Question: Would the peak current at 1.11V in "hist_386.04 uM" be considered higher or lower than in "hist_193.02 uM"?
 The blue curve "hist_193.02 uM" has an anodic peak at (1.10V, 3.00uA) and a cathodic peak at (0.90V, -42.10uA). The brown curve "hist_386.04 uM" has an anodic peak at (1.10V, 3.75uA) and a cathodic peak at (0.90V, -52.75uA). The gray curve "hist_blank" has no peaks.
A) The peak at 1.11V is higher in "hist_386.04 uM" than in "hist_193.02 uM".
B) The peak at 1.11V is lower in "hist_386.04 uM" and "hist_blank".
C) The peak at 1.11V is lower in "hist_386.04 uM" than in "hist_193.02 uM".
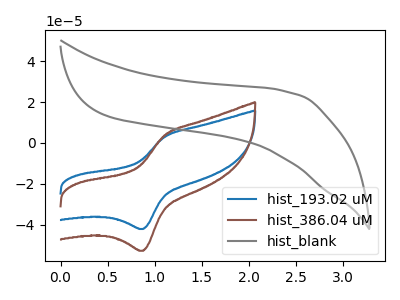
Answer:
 <answer>A) The peak at 1.11V is higher in "hist_386.04 uM" than in "hist_193.02 uM".</answer>
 <eval>A</eval>